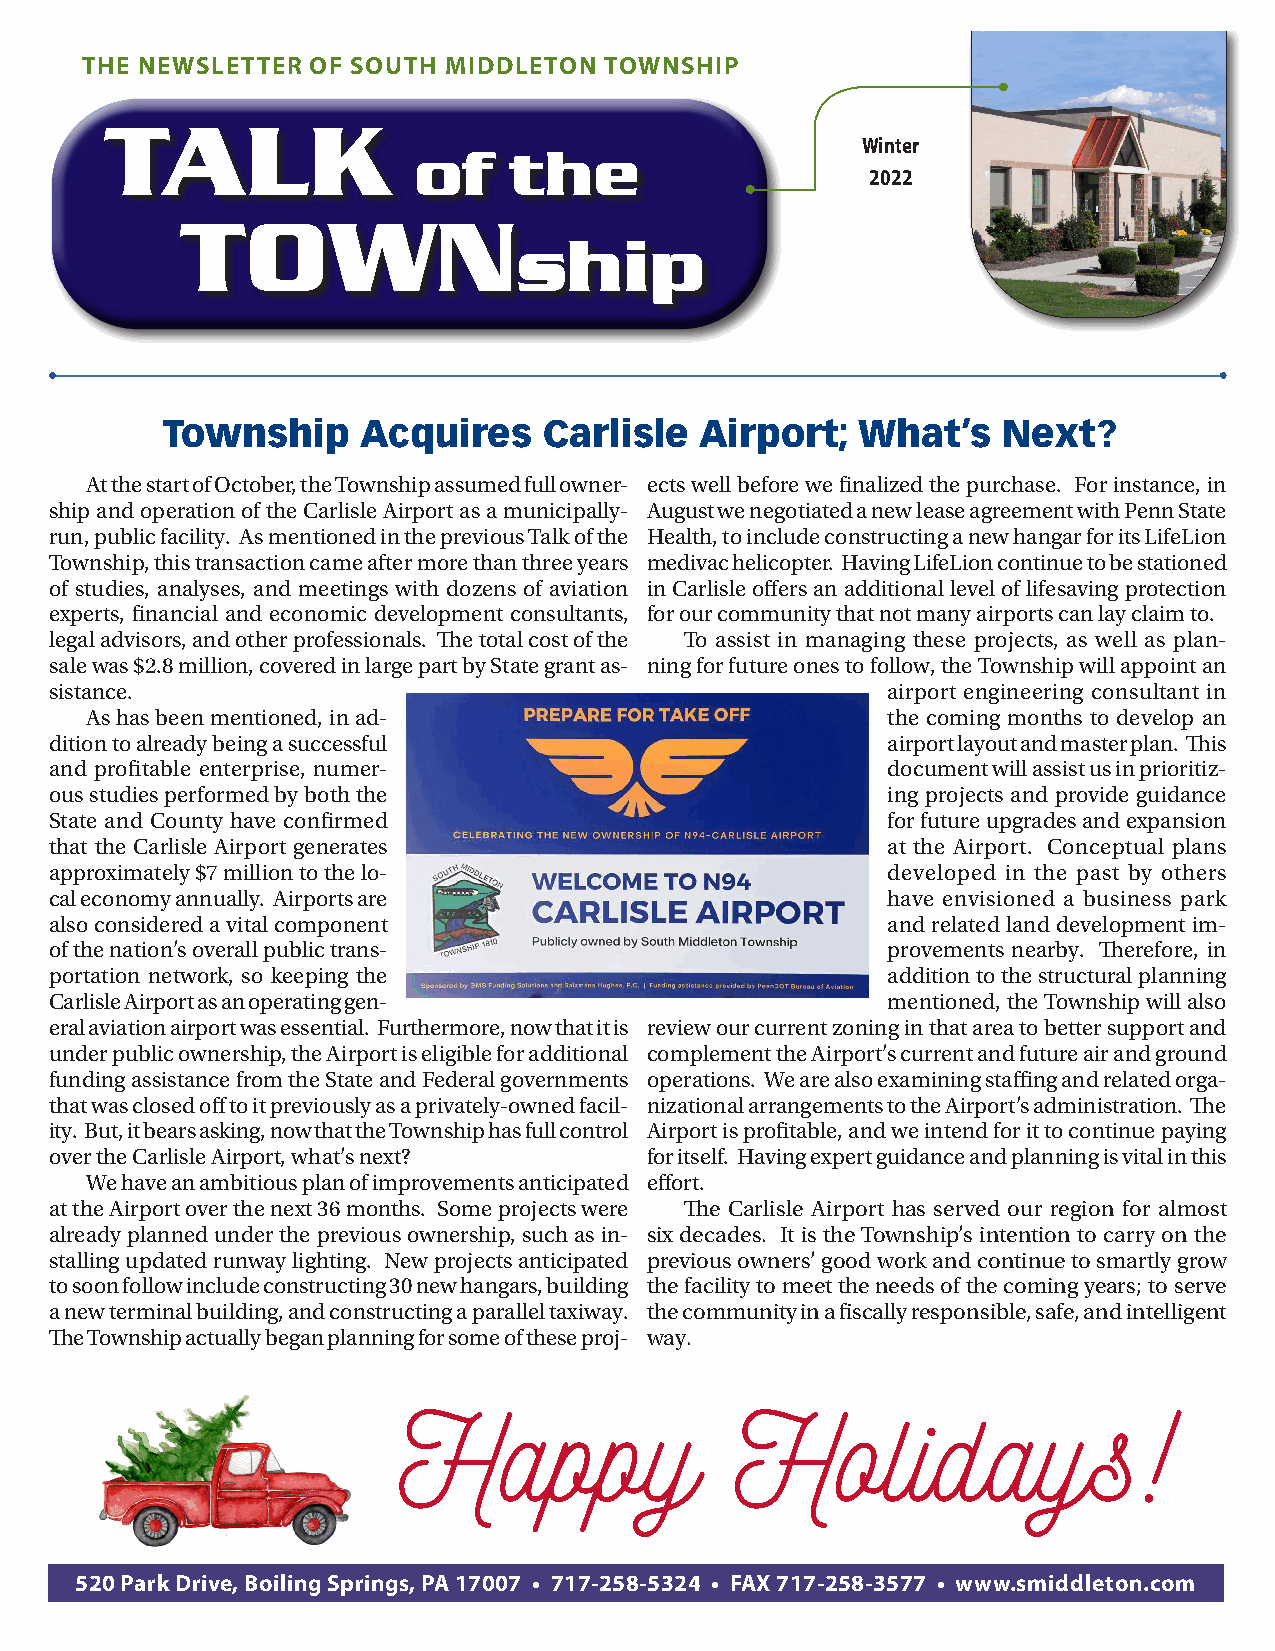
TTHHEE NNEEWWSSLLEETTTTEERR OOFF SSOOUUTTHH MMIIDDDDLLEETTOONN TTOOWWNNSSHHIIPP
 TALK
 Winter
 of     the
 2022
 TOWN
 ship
 Township     Acquires    Carlisle  Airport;   What’s   Next?
 At the start of October, the Township assumed full owner- ects well before we finalized the purchase. For instance, in
 ship and operation of the Carlisle Airport as a municipally- August we negotiated a new lease agreement with Penn State
 run, public facility. As mentioned in the previous Talk of the Health, to include constructing a new hangar for its LifeLion
 Township, this transaction came after more than three years medivac helicopter. Having LifeLion continue to be stationed
 of studies, analyses, and meetings with dozens of aviation in Carlisle offers an additional level of lifesaving protection
 experts, financial and economic development consultants, for our community that not many airports can lay claim to.
 legal advisors, and other professionals. The total cost of the To assist in managing these projects, as well as plan-
 sale was $2.8 million, covered in large part by State grant as- ning for future ones to follow, the Township will appoint an
 sistance.                                               airport engineering consultant in
 As has been mentioned, in ad-                        the coming months to develop an
 dition to already being a successful                    airport layout and master plan. This
 and profitable enterprise, numer-                       document will assist us in prioritiz-
 ous studies performed by both the                       ing projects and provide guidance
 State and County have confirmed                         for future upgrades and expansion
 that the Carlisle Airport generates                     at the Airport. Conceptual plans
 approximately $7 million to the lo-                     developed in the past by others
 cal economy annually. Airports are                      have envisioned a business park
 also considered a vital component                       and related land development im-
 of the nation’s overall public trans-                   provements nearby. Therefore, in
 portation network, so keeping the                       addition to the structural planning
 Carlisle Airport as an operating gen-                   mentioned, the Township will also
 eral aviation airport was essential. Furthermore, now that it is review our current zoning in that area to better support and
 under public ownership, the Airport is eligible for additional complement the Airport’s current and future air and ground
 funding assistance from the State and Federal governments operations. We are also examining staffing and related orga-
 that was closed off to it previously as a privately-owned facil- nizational arrangements to the Airport’s administration. The
 ity. But, it bears asking, now that the Township has full control Airport is profitable, and we intend for it to continue paying
 over the Carlisle Airport, what’s next? for itself. Having expert guidance and planning is vital in this
 We have an ambitious plan of improvements anticipated effort.
 at the Airport over the next 36 months. Some projects were The Carlisle Airport has served our region for almost
 already planned under the previous ownership, such as in- six decades. It is the Township’s intention to carry on the
 stalling updated runway lighting. New projects anticipated previous owners’ good work and continue to smartly grow
 to soon follow include constructing 30 new hangars, building the facility to meet the needs of the coming years; to serve
 a new terminal building, and constructing a parallel taxiway. the community in a fiscally responsible, safe, and intelligent
 The Township actually began planning for some of these proj- way.
 Happy                  Holidays!
 520 Park Drive, Boiling Springs, PA 17007 • 717-258-5324 • FAX 717-258-3577 • www.smiddleton.com